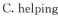
C. helping